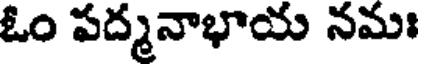
ఓం పద్మనాభాయ నమః